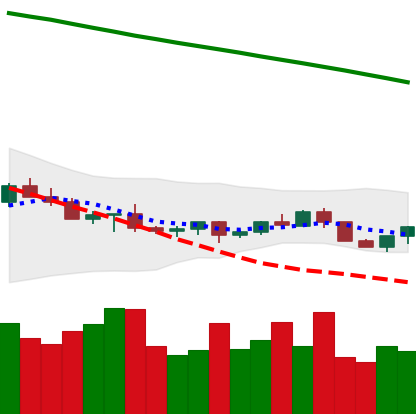
Ticker: LTC-USD
Chart end date: 2022-07-14
Forward return: 13.209%
Label: up_7plus